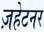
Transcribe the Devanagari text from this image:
ज़हेटनर